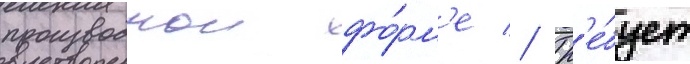
производнои фо́рм'е // Тр'е́бует